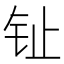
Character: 𰽠